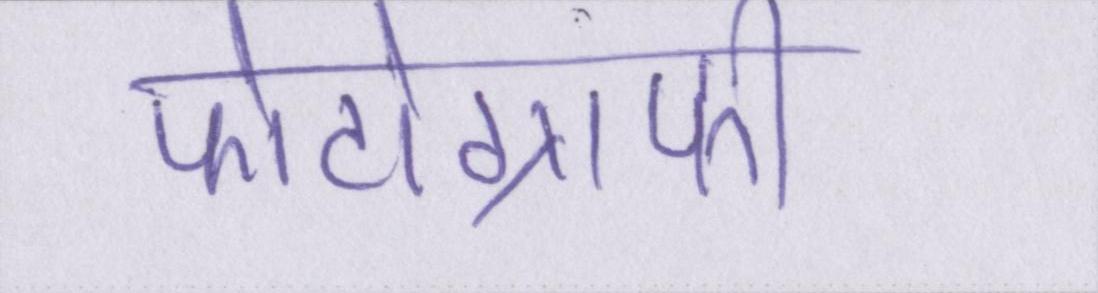
फोटोग्राफी